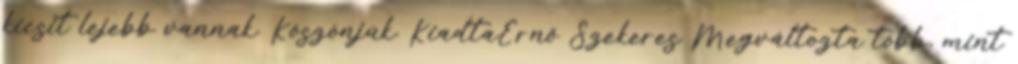
kicsit lejebb vannak. Köszönjük. KiadtaErnő Szekeres Megváltozta több, mint